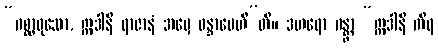
“ဂစ္ဆာဝုသော, ဣဒါနိ ရာဇာနံ အမှေ ဝန္ဒာပေဟီ”တိ။ ဒဟရော ဂန္တွာ “ဣဒါနိ ကိရ